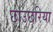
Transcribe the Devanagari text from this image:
छाउछरिया